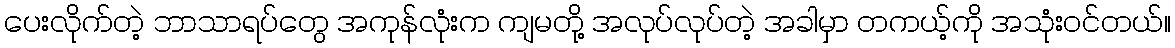
ပေးလိုက်တဲ့ ဘာသာရပ်တွေ အကုန်လုံးက ကျမတို့ အလုပ်လုပ်တဲ့ အခါမှာ တကယ့်ကို အသုံးဝင်တယ်။